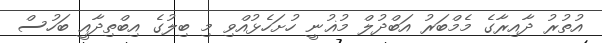
އުތުރު ދާއިރާގެ މެމްބަރު އަބްދުލް މުޣުނީ ހުށަހެޅުއްވި މި ބިލުގެ އިބްތިދާއީ ބަހުސް